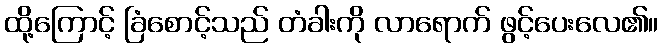
ထို့ကြောင့် ခြံစောင့်သည် တံခါးကို လာရောက် ဖွင့်ပေးလေ၏။